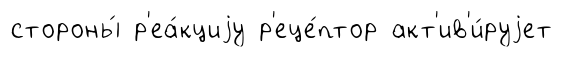
стороны́ р'еа́кциjу р'еце́птор акт'ив'и́руjет